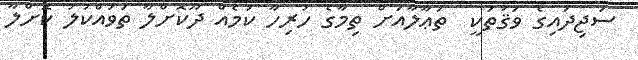
ސަޖިދައިގެ ވަޤުތަކީ  ތަޢާލާއަށް ތިމާގެ ހުރިހާ ކަމެއް ދޫކޮށްލާ ތަވައްކުލު ކޮށްލާ